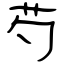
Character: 芍